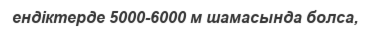
ендіктерде 5000-6000 м шамасында болса,